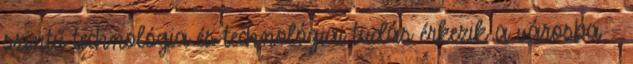
szintű technológia és technológiai tudás érkezik a városba -